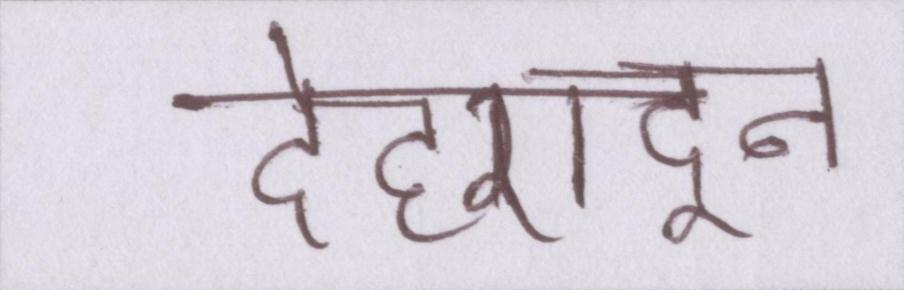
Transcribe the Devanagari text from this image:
देहरादून